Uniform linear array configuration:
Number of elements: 4
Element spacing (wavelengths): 1
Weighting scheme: cosine
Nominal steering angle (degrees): -15
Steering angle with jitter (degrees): -15.158
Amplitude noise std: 0.05
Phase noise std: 0.05

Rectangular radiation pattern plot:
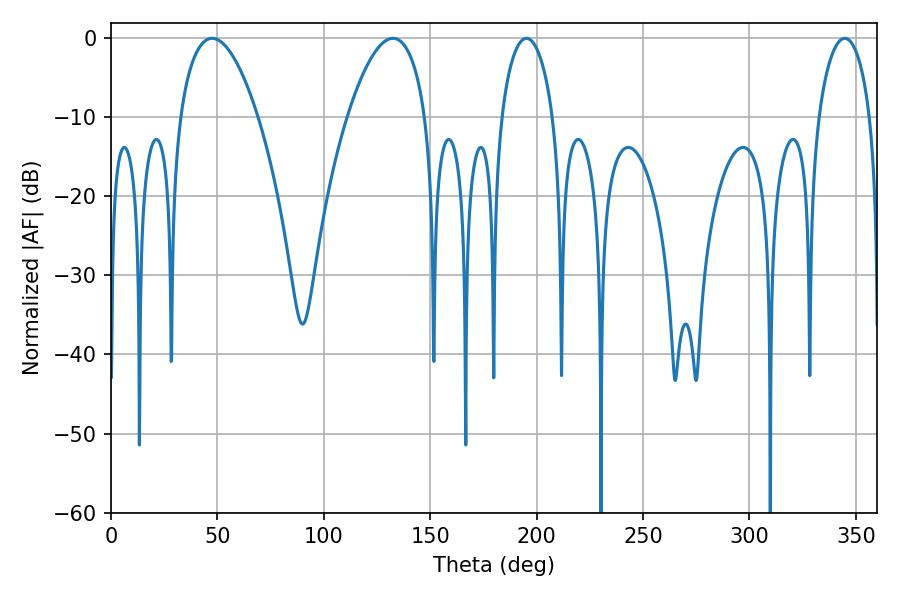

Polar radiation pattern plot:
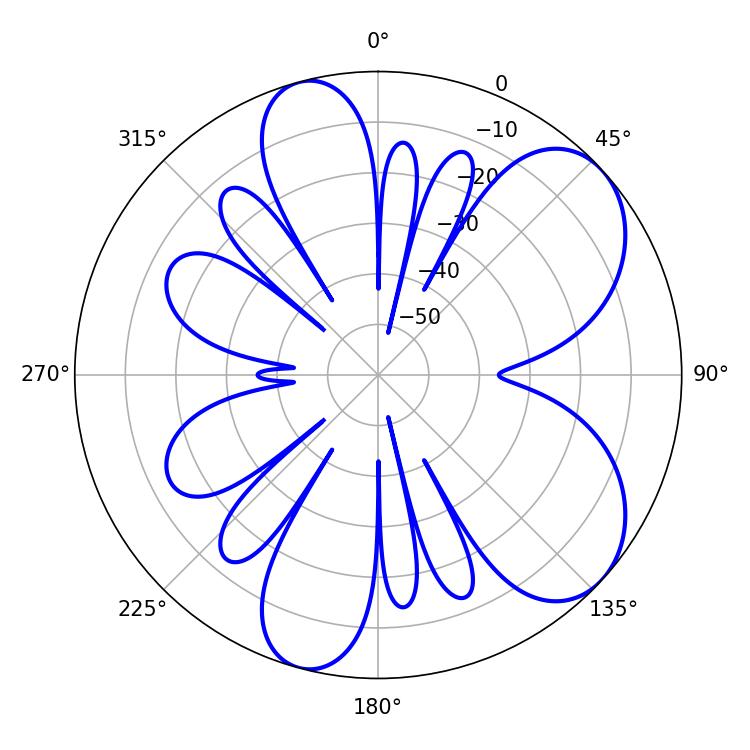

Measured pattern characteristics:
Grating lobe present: TRUE
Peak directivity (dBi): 6.891
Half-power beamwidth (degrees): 20.34
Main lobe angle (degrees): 47.52